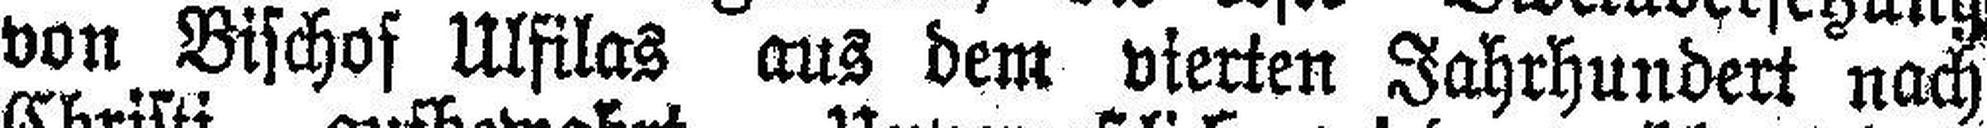
von Bischof Ulfilas aus dem vierten Jahrhundert nach